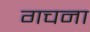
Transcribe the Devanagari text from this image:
गचना